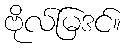
ဗိုလ်မြဒင်။